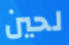
لحين